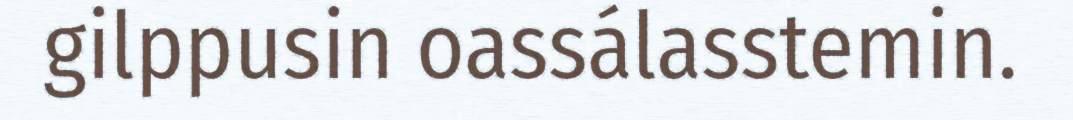
gilppusin oassálasstemin.